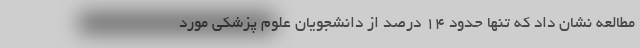
مطالعه نشان داد که تنها حدود ۱۴ درصد از دانشجویان علوم پزشکی مورد